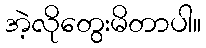
အဲ့လိုတွေးမိတာပါ။